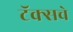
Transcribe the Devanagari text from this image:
टॅक्सचे